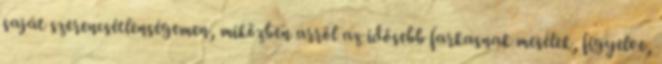
saját szerencsétlenségemen, miközben arról az idősebb farkasnak mesélek, figyelve,